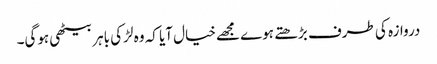
دروازہ کی طرف بڑھتے ہوے مجھےخیال آیا کہ وہ لڑکی باہر بیٹھی ہوگی۔